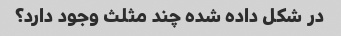
در شکل داده شده چند مثلث وجود دارد؟